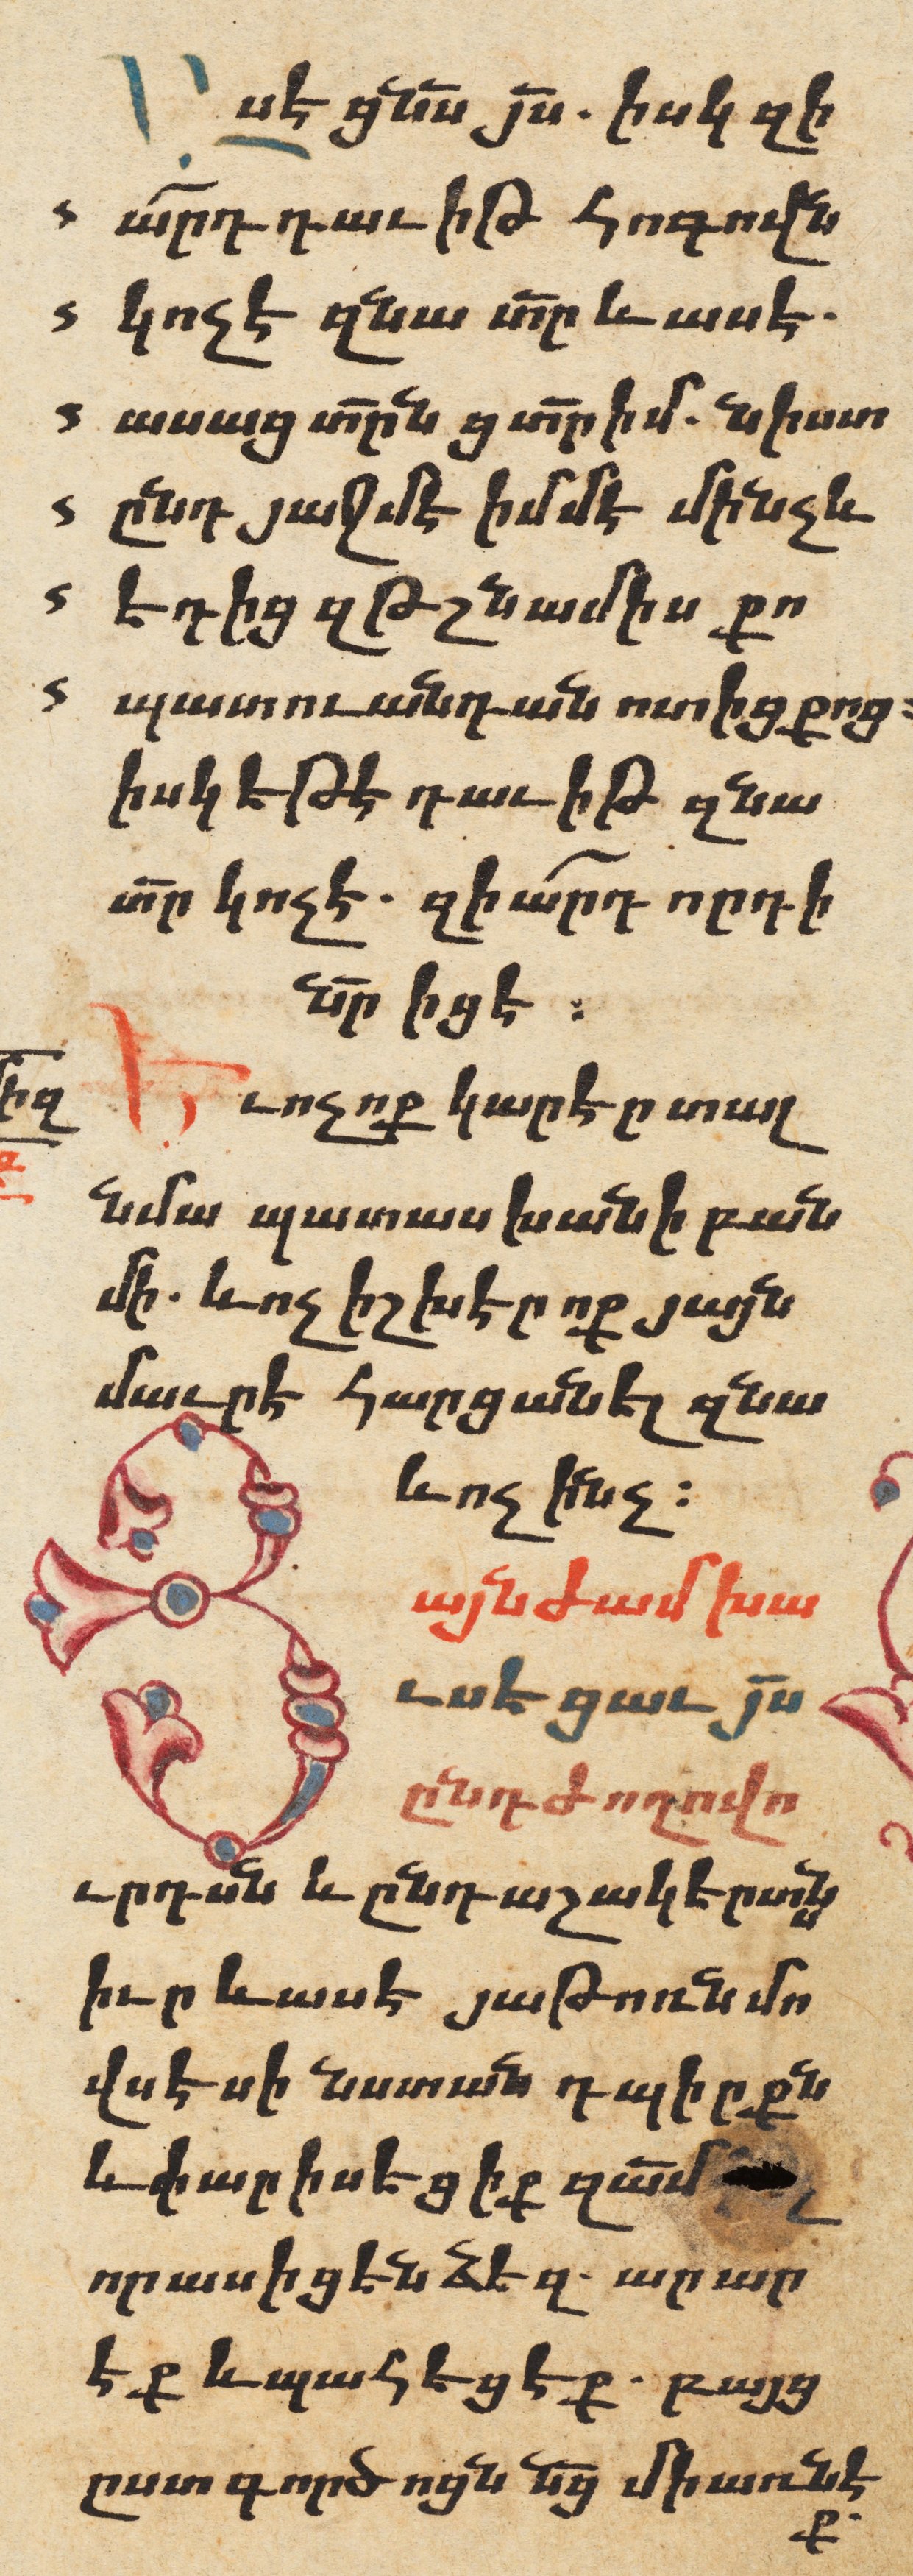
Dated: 1606–1606